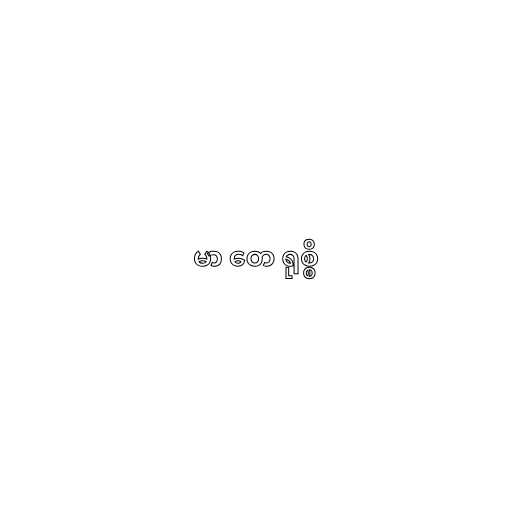
မာ တေ ရုစ္စိ